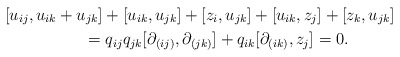
\begin{gather*}[u_{ij},u_{ik}+u_{jk}]+[u_{ik},u_{jk}]+[z_i,u_{jk}]+[u_{ik},z_j]+[z_k,u_{jk}]\\\qquad{} =q_{ij}q_{jk}[\partial_{(ij)},\partial_{(jk)}]+q_{ik}[\partial_{(ik)},z_j]=0.\end{gather*}